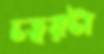
চত্বরটা